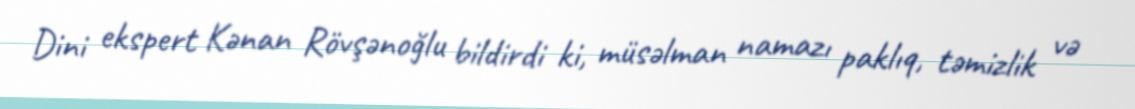
Dini ekspert Kənan Rövşənoğlu bildirdi ki, müsəlman namazı paklıq, təmizlik və